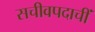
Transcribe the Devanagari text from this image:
सचीवपदाचीं